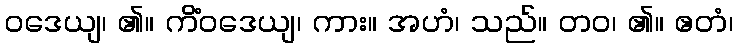
ဝဒေယျ၊ ၏။ ကိံဝဒေယျ၊ ကား။ အဟံ၊ သည်။ တဝ၊ ၏။ ဧတံ၊